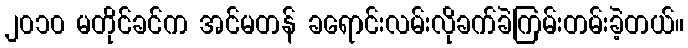
၂၀၁၀ မတိုင်ခင်က အင်မတန် ခရောင်းလမ်းလိုခက်ခဲကြမ်းတမ်းခဲ့တယ်။